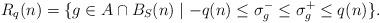
LaTeX: \begin{align*} R_q(n) = \{ g \in A \cap B_S(n) \mid -q(n) \le \sigma_g^- \le \sigma_g^+ \le q(n) \}. \end{align*}